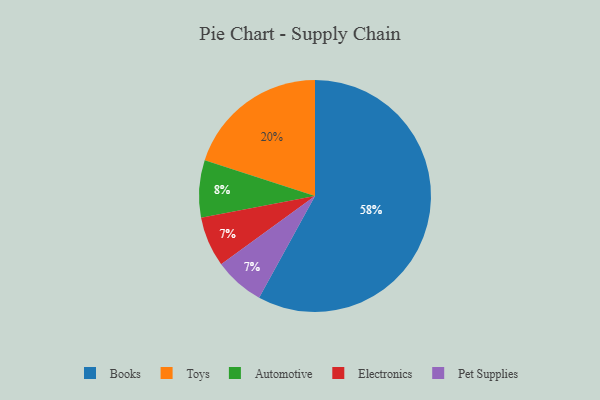
{"axis": {"x": "Category", "y": "Percentage"}, "legend": ["Automotive", "Books", "Electronics", "Pet Supplies", "Toys"], "data": [{"x": "Automotive", "y": 8, "type": "Automotive"}, {"x": "Books", "y": 58, "type": "Books"}, {"x": "Toys", "y": 20, "type": "Toys"}, {"x": "Electronics", "y": 7, "type": "Electronics"}, {"x": "Pet Supplies", "y": 7, "type": "Pet Supplies"}]}